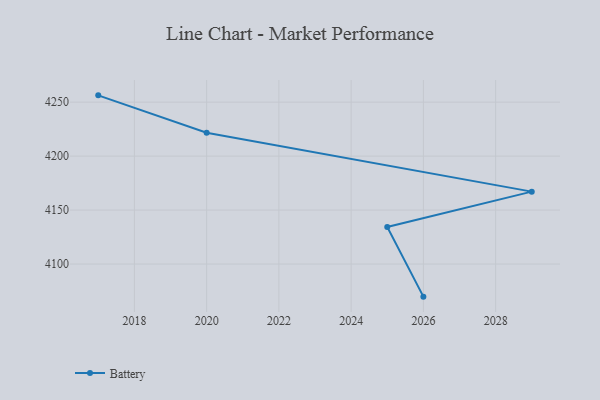
{"axis": {"x": "Year", "y": "Production Output"}, "legend": ["Battery"], "data": [{"x": "2026", "y": 4069.8, "type": "Battery"}, {"x": "2025", "y": 4134.3, "type": "Battery"}, {"x": "2029", "y": 4167.1, "type": "Battery"}, {"x": "2020", "y": 4221.6, "type": "Battery"}, {"x": "2017", "y": 4256.3, "type": "Battery"}]}